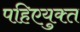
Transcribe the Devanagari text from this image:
पहिएयुक्‍त